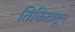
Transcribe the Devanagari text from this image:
तिकिटातून